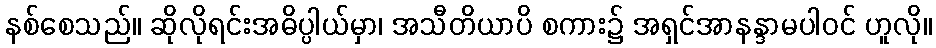
နစ်စေသည်။ ဆိုလိုရင်းအဓိပ္ပါယ်မှာ၊ အသီတိယာပိ စကား၌ အရှင်အာနန္ဒာမပါဝင် ဟူလို။